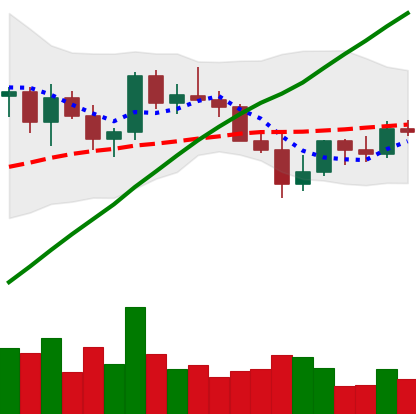
Ticker: LINK-USD
Chart end date: 2021-03-30
Forward return: 10.942%
Label: up_7plus